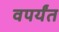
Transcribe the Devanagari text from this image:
वपर्यंत